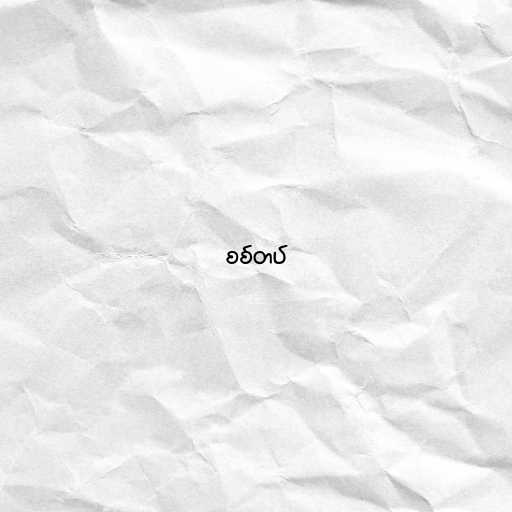
စစ်တပ်